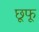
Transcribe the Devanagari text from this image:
छूफू